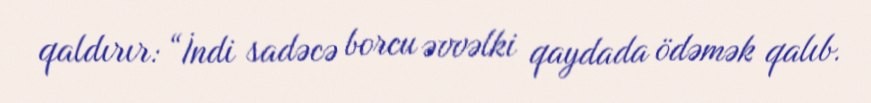
qaldırır: “İndi sadəcə borcu əvvəlki qaydada ödəmək qalıb.